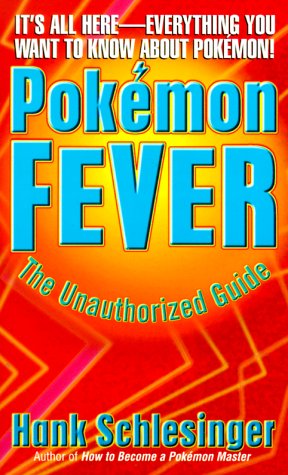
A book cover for Pokemon Fever: The Unauthorized Guide; Hank Schlesinger; Computers & Technology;